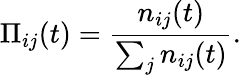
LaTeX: \Pi_{ij}(t)=\frac{n_{ij}(t)}{\sum_{j}n_{ij}(t)}.